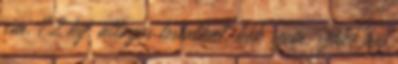
cm, 72 kg, átlagos testalkat, kék szem, szőke haj